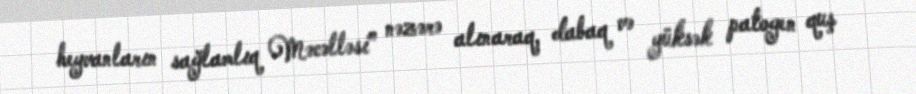
heyvanların sağlamlıq Məcəlləsi” nəzərə alınaraq, dabaq və yüksək patogen quş